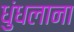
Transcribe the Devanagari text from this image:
धुंधलाना